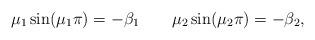
LaTeX: \begin{align*}\mu_1\sin(\mu_1\pi)=-\beta_1 \qquad\mu_2\sin(\mu_2\pi)=-\beta_2,\end{align*}